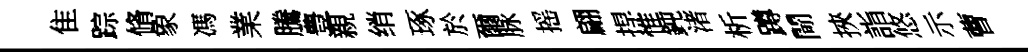
隹踪脩象馮業騰豊親绡琢於爾脉摇翩捍惟鈍渚析蹲閜挾詣悠示曹